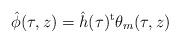
LaTeX: \begin{align*}\hat\phi(\tau,z) = \hat h(\tau)^{\rm t}\theta_{m}(\tau,z)\end{align*}